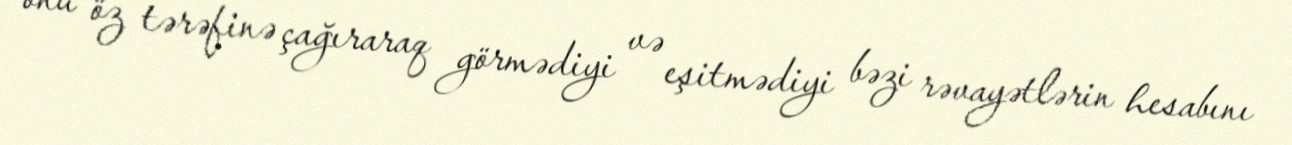
onu öz tərəfinə çağıraraq görmədiyi və eşitmədiyi bəzi rəvayətlərin hesabını